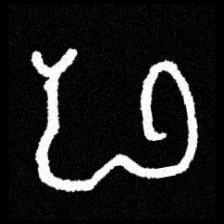
Pyu character \u2014 Myanmar letter: ဖ (romanized: pha)